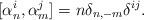
LaTeX: \begin{align*}[\alpha_n^i,\alpha_m^j]=n\delta_{n,-m}\delta^{ij}.\end{align*}